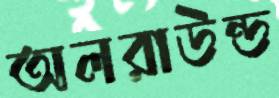
অলরাউন্ড